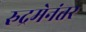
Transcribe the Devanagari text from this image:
रुद्रमेनंतर